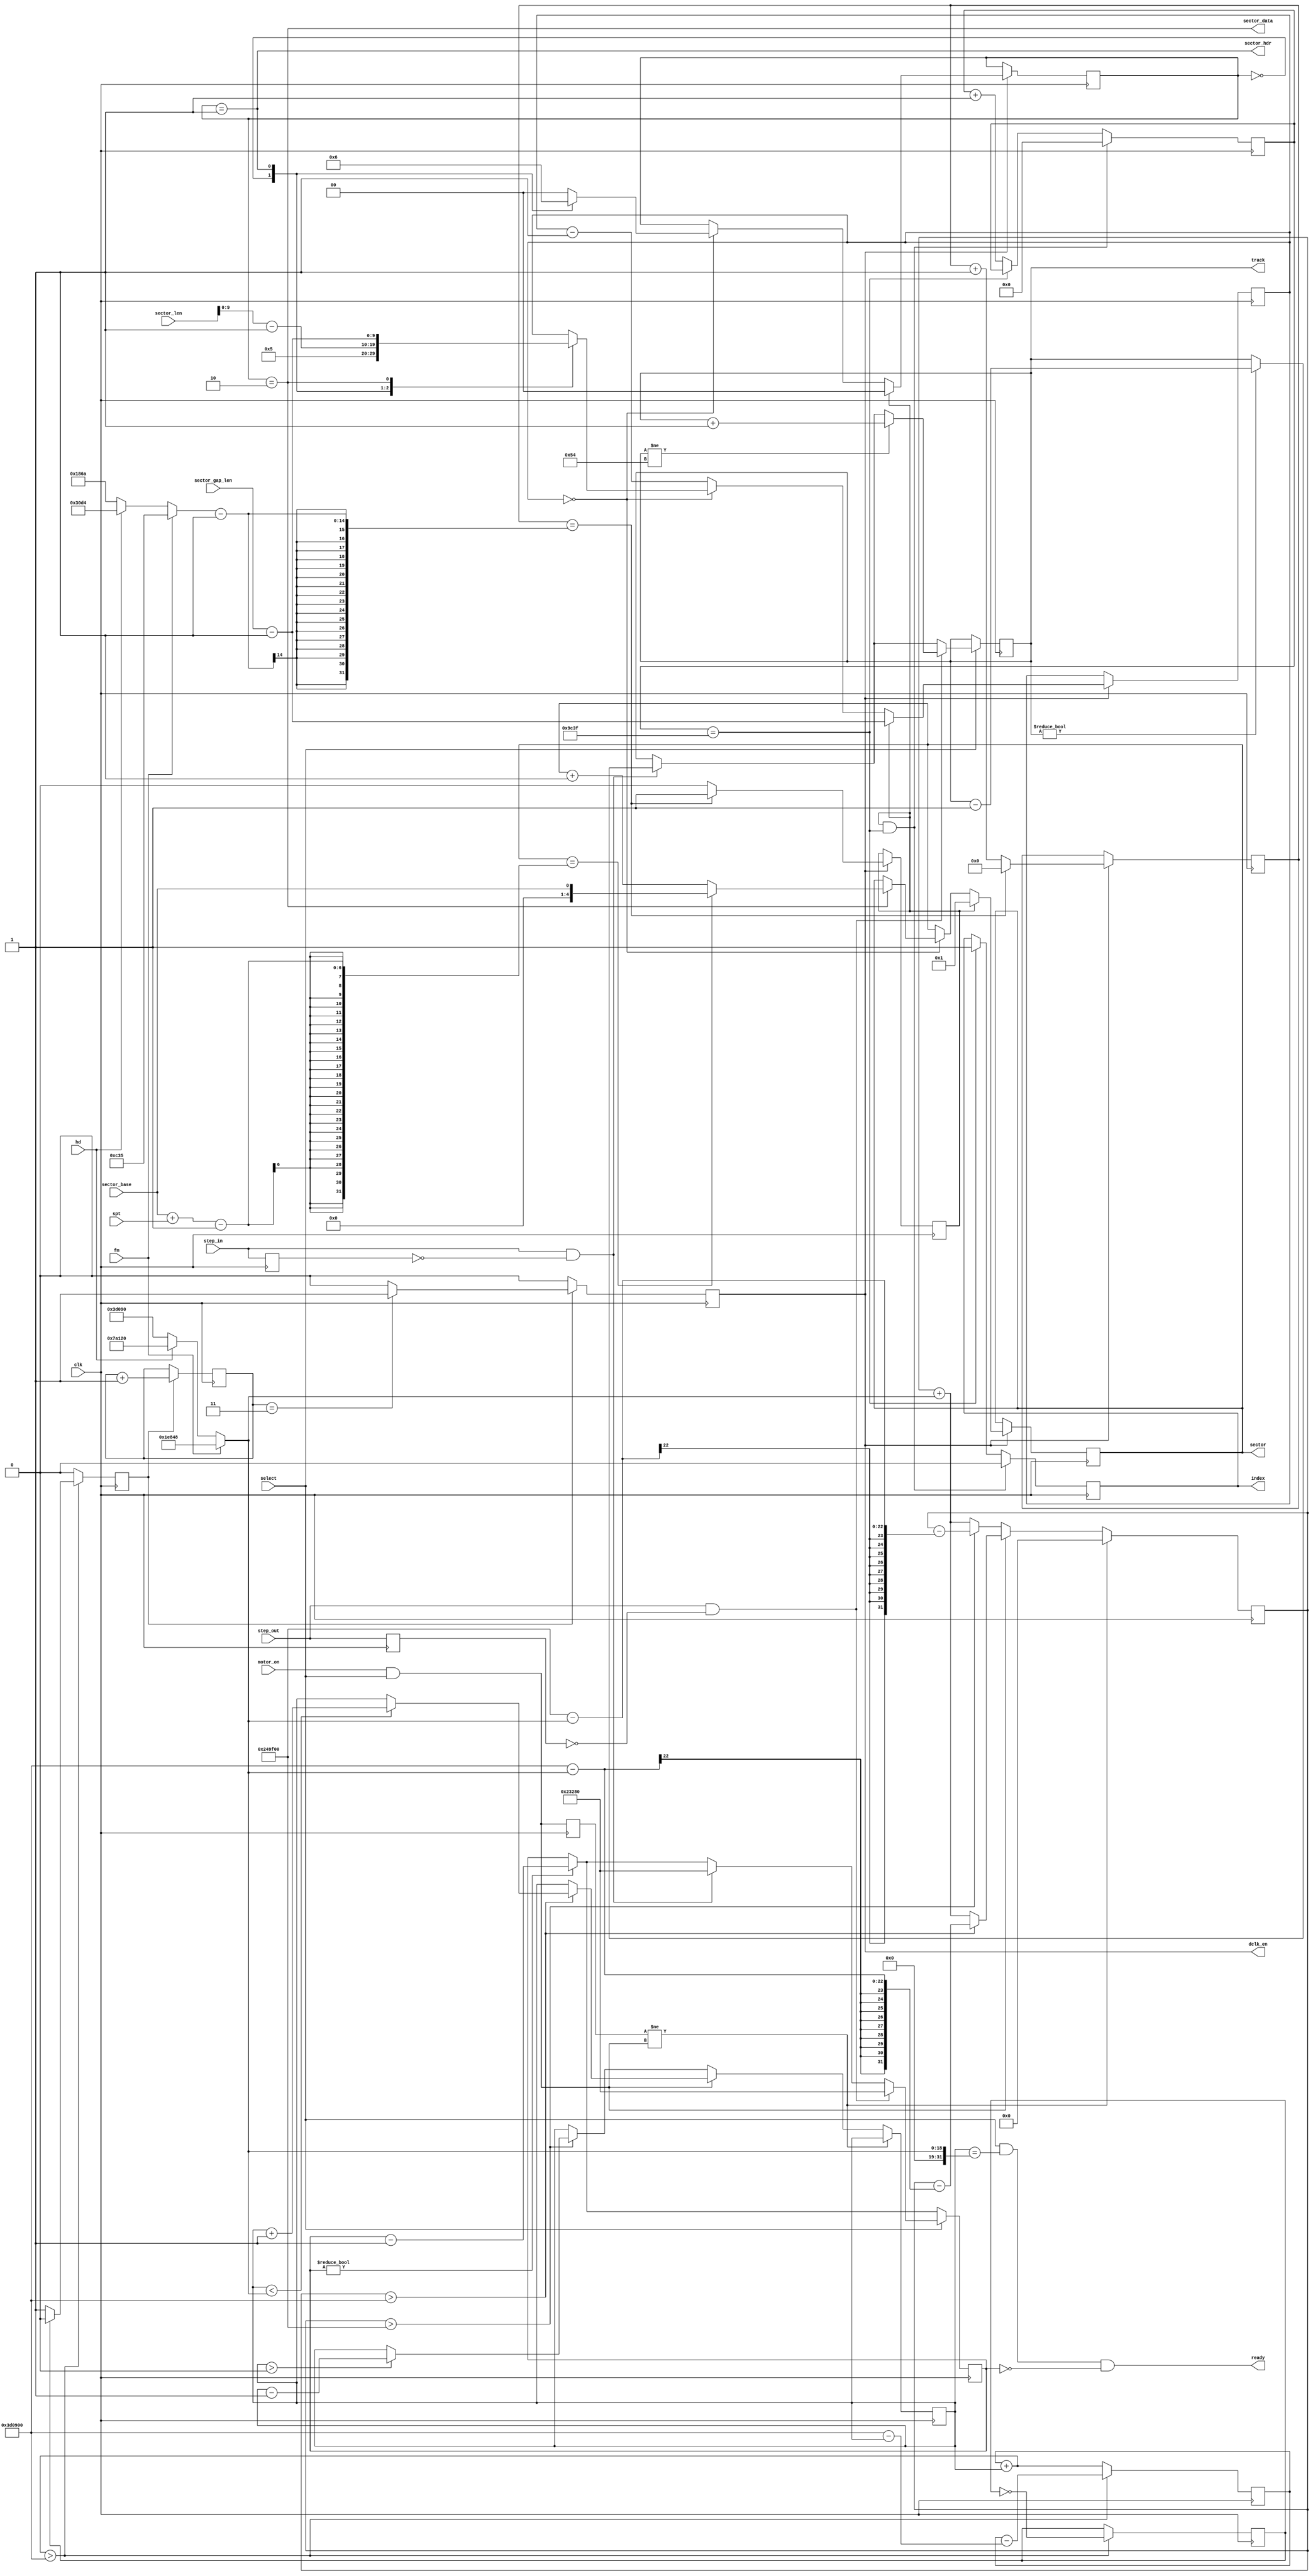
module floppy (
	// main clock
	input 	     clk,
	input 	     select,
	input 	     motor_on,
	input 	     step_in,
	input 	     step_out,

	input [10:0] sector_len,
	input        sector_base,    // number of first sector on track (archie 0, dos 1)
	input  [4:0] spt,            // sectors/track
	input  [9:0] sector_gap_len, // gap len/sector
	input        hd,
	input        fm,

	output 	     dclk_en,      // data clock enable
	output [6:0] track,        // number of track under head
	output [4:0] sector,       // number of sector under head, 0 = no sector
	output 	     sector_hdr,   // valid sector header under head
	output 	     sector_data,  // valid sector data under head
	       
	output 	     ready,        // drive is ready, data can be read
	output reg   index
);

// The sysclock is the value all floppy timings are derived from. 
// Default: 8 MHz
parameter SYS_CLK = 8000000;

assign sector_hdr = (sec_state == SECTOR_STATE_HDR);
assign sector_data = (sec_state == SECTOR_STATE_DATA);

// a standard DD floppy has a data rate of 250kBit/s and rotates at 300RPM
localparam RATESD = 20'd125000;
localparam RATEDD = 20'd250000;
localparam RATEHD = 20'd500000;
localparam RPM = 10'd300;
localparam STEPBUSY = 8'd18;       // 18ms after step data can be read
localparam SPINUP = 10'd500;       // drive spins up in up to 800ms
localparam SPINDOWN = 10'd300;     // GUESSED: drive spins down in 300ms
localparam INDEX_PULSE_LEN = 4'd5; // fd1036 data sheet says 1~8ms
localparam SECTOR_HDR_LEN = 4'd6;  // GUESSED: Sector header is 6 bytes
localparam TRACKS = 8'd85;         // max allowed track

// Archimedes specific values
//localparam SECTOR_LEN = 11'd1024 // Default sector size is 1024 on Archie
//localparam SECTOR_LEN = 11'd512; // Default sector size is 512 on ST ...
//localparam SPT = 4'd10;           // ... with 5 sectors per track
//localparam SECTOR_BASE = 4'd1;    // number of first sector on track (archie 0, dos 1)

// number of physical bytes per track
localparam BPTSD = RATESD*60/(8*RPM);
localparam BPTDD = RATEDD*60/(8*RPM);
localparam BPTHD = RATEHD*60/(8*RPM);

// report disk ready if it spins at full speed and head is not moving
assign ready = select && (rate == (fm ? RATESD : hd ? RATEHD : RATEDD)) && (step_busy == 0);

// ================================================================
// ========================= INDEX PULSE ==========================
// ================================================================

// Index pulse generation. Pulse starts with the begin of index_pulse_start
// and lasts INDEX_PULSE_CYCLES system clock cycles
localparam INDEX_PULSE_CYCLES = INDEX_PULSE_LEN * SYS_CLK / 1000;
reg [18:0] index_pulse_cnt;
always @(posedge clk) begin
	if(index_pulse_start && (index_pulse_cnt == INDEX_PULSE_CYCLES-1)) begin
		index <= 1'b0;
		index_pulse_cnt <= 19'd0;
	end else if(index_pulse_cnt == INDEX_PULSE_CYCLES-1)
		index <= 1'b1;
	else
		index_pulse_cnt <= index_pulse_cnt + 1'd1;
end

// ================================================================
// ======================= track handling =========================
// ================================================================

localparam STEP_BUSY_CLKS = (SYS_CLK/1000)*STEPBUSY;  // steprate is in ms

assign track = current_track;
reg [6:0] current_track /* verilator public */ = 7'd0;

reg step_inD;
reg step_outD;
reg [19:0] step_busy /* verilator public */;
   
always @(posedge clk) begin
	step_inD <= step_in;
	step_outD <= step_out;

	if(step_busy != 0)
		step_busy <= step_busy - 18'd1;

	if(select) begin
		// rising edge of step signal starts step
		if(step_in && !step_inD) begin
			if(current_track != 0) current_track <= current_track - 7'd1;
				step_busy <= STEP_BUSY_CLKS[19:0];
		end

		if(step_out && !step_outD) begin
			if(current_track != TRACKS-1) current_track <= current_track + 7'd1;
				step_busy <= STEP_BUSY_CLKS[19:0];
		end
	end
end

// ================================================================
// ====================== sector handling =========================
// ================================================================

// track has BPT bytes
// SPT sectors are stored on the track
//localparam SECTOR_GAP_LEN = BPT/SPT - (SECTOR_LEN + SECTOR_HDR_LEN);

assign sector = current_sector;

localparam SECTOR_STATE_GAP  = 2'd0;
localparam SECTOR_STATE_HDR  = 2'd1;
localparam SECTOR_STATE_DATA = 2'd2;

// we simulate an interleave of 1
reg [4:0] start_sector = 4'd1;

reg [1:0] sec_state;
reg [9:0] sec_byte_cnt;  // counting bytes within sectors
reg [4:0] current_sector = 4'd1;
  
always @(posedge clk) begin
	if (byte_clk_en) begin
		if(index_pulse_start) begin
			sec_byte_cnt <= sector_gap_len-1'd1;
			sec_state <= SECTOR_STATE_GAP;     // track starts with gap
			current_sector <= start_sector;    // track starts with sector 1
		end else begin
			if(sec_byte_cnt == 0) begin
				case(sec_state)
				SECTOR_STATE_GAP: begin
					sec_state <= SECTOR_STATE_HDR;
					sec_byte_cnt <= SECTOR_HDR_LEN-1'd1;
				end
	   
				SECTOR_STATE_HDR: begin
					sec_state <= SECTOR_STATE_DATA;
					sec_byte_cnt <= sector_len[9:0]-1'd1;
				end
	   
				SECTOR_STATE_DATA: begin
					sec_state <= SECTOR_STATE_GAP;
					sec_byte_cnt <= sector_gap_len-1'd1;
					if(current_sector == sector_base+spt-1) 
						current_sector <= sector_base;
					else
						current_sector <= sector + 1'd1;
					end

				default:
					sec_state <= SECTOR_STATE_GAP;
	      
				endcase
			end else
				sec_byte_cnt <= sec_byte_cnt - 10'd1;
		end
	end
end
   
// ================================================================
// ========================= BYTE CLOCK ===========================
// ================================================================

// An ed floppy at 300rpm with 1MBit/s has max 31.250 bytes/track
// thus we need to support up to 31250 events
reg [14:0] byte_cnt;
reg 	   index_pulse_start;
always @(posedge clk) begin
	if (byte_clk_en) begin
		index_pulse_start <= 1'b0;

		if(byte_cnt == ((fm ? BPTSD : hd ? BPTHD : BPTDD)-1'd1)) begin
			byte_cnt <= 0;
			index_pulse_start <= 1'b1;
		end else
			byte_cnt <= byte_cnt + 1'd1;
	end
end

// Make byte clock from bit clock.
// When a DD disk spins at 300RPM every 32us a byte passes the disk head
assign dclk_en = byte_clk_en;
reg byte_clk_en;
reg [2:0] clk_cnt2;
always @(posedge clk) begin
	byte_clk_en <= 0;
	if (data_clk_en) begin
		clk_cnt2 <= clk_cnt2 + 1'd1;
		if (clk_cnt2 == 3'b011) byte_clk_en <= 1;
	end
end

// ================================================================
// ===================== SPIN VIRTUAL DISK ========================
// ================================================================

// number of system clock cycles after which disk has reached
// full speed
localparam SPIN_UP_CLKS = SYS_CLK/1000*SPINUP;
localparam SPIN_DOWN_CLKS = SYS_CLK/1000*SPINDOWN;
reg [31:0] spin_up_counter;

// internal motor on signal that is only true if the drive is selected
wire motor_on_sel = motor_on && select;
   
// data rate determines rotation speed
reg [31:0] rate /* verilator public */ = 0;
reg motor_onD;

always @(posedge clk) begin
	motor_onD <= motor_on_sel;

	// reset spin_up counter whenever motor state changes
	if(motor_onD != motor_on_sel)
		spin_up_counter <= 32'd0;
	else begin
		spin_up_counter <= spin_up_counter + (fm ? RATESD : hd ? RATEHD : RATEDD);
      
		if(motor_on_sel) begin
			// spinning up
			if(spin_up_counter > SPIN_UP_CLKS) begin
				if(rate < (fm ? RATESD : hd ? RATEHD : RATEDD))
					rate <= rate + 32'd1;
				spin_up_counter <= spin_up_counter - (SPIN_UP_CLKS - (fm ? RATESD : hd ? RATEHD : RATEDD));
			end
		end else begin
			// spinning down
			if(spin_up_counter > SPIN_DOWN_CLKS) begin
				if(rate > 0)
					rate <= rate - 32'd1;
				spin_up_counter <= spin_up_counter - (SPIN_DOWN_CLKS - (fm ? RATESD : hd ? RATEHD : RATEDD));
			end
		end // else: !if(motor_on)
	end // else: !if(motor_onD != motor_on)
end

// Generate a data clock from the system clock. This depends on motor
// speed and reaches the full rate when the disk rotates at 300RPM. No
// valid data can be read until the disk has reached it's full speed.
reg data_clk;
reg data_clk_en;
reg [31:0] clk_cnt;
always @(posedge clk) begin
	data_clk_en <= 0;
	if(clk_cnt + rate > SYS_CLK/2) begin
		clk_cnt <= clk_cnt - (SYS_CLK/2 - rate);
		data_clk <= !data_clk;
		if (~data_clk) data_clk_en <= 1;
	end else
		clk_cnt <= clk_cnt + rate;
end

endmodule